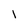
Character: I